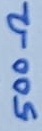
Text: 500Ω